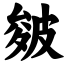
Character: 皴